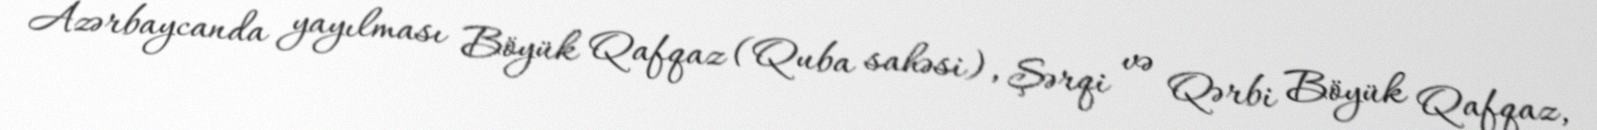
Azərbaycanda yayılması Böyük Qafqaz (Quba sahəsi), Şərqi və Qərbi Böyük Qafqaz,